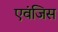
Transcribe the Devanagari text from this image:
एवंजिस